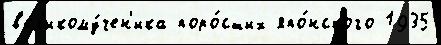
в'ел'икому́чен'ика поро́сших япо́нского 1935